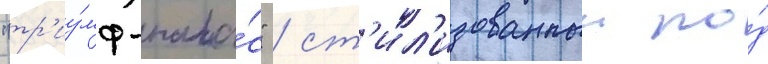
"тр'иу́мф-пала́с" / ст'ил'изованныи по́д